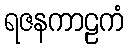
ရဇနကာဠကံ